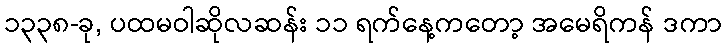
၁၃၃၈-ခု, ပထမဝါဆိုလဆန်း ၁၁ ရက်နေ့ကတော့ အမေရိကန် ဒကာ